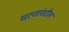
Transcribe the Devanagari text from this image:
चरणांवरील